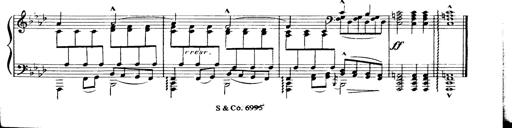
Title: Magyar dalok
Composer: Franz Liszt